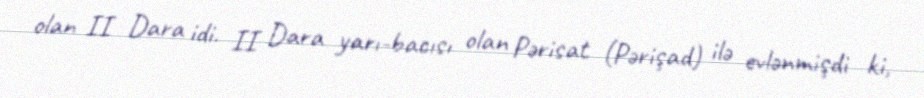
olan II Dara idi. II Dara yarı-bacısı olan Pərisat (Pərişad) ilə evlənmişdi ki,